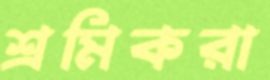
শ্রমিকরা